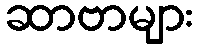
ဆာဗာများ